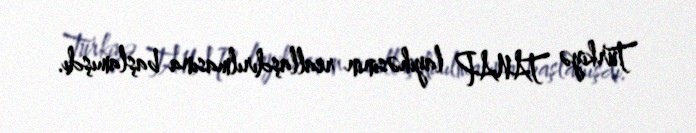
Türkiyə TANAP layihəsinin reallaşdırılmasına başlamışdı.